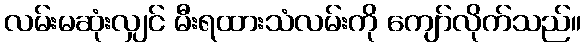
လမ်းမဆုံးလျှင် မီးရထားသံလမ်းကို ကျော်လိုက်သည်။